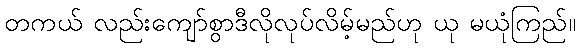
တကယ် လည်းကျော်စွာဒီလိုလုပ်လိမ့်မည်ဟု ယု မယုံကြည်။